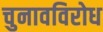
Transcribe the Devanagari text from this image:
चुनावविरोध